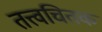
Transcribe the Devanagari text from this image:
तत्त्वचितक